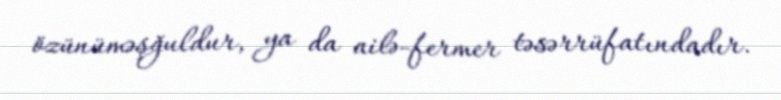
özünüməşğuldur, ya da ailə-fermer təsərrüfatındadır.